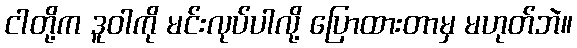
ငါတို့က ဒူဝါကို မင်းလုပ်ပါလို့ ပြောထားတာမှ မဟုတ်ဘဲ။